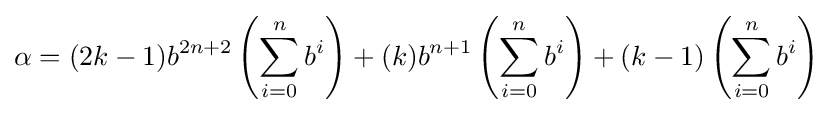
\alpha =(2k-1)b^{2n+2}\left(\sum _{i=0}^{n}b^{i}\right)+(k)b^{n+1}\left(\sum _{i=0}^{n}b^{i}\right)+(k-1)\left(\sum _{i=0}^{n}b^{i}\right)